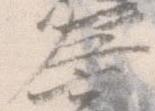
左